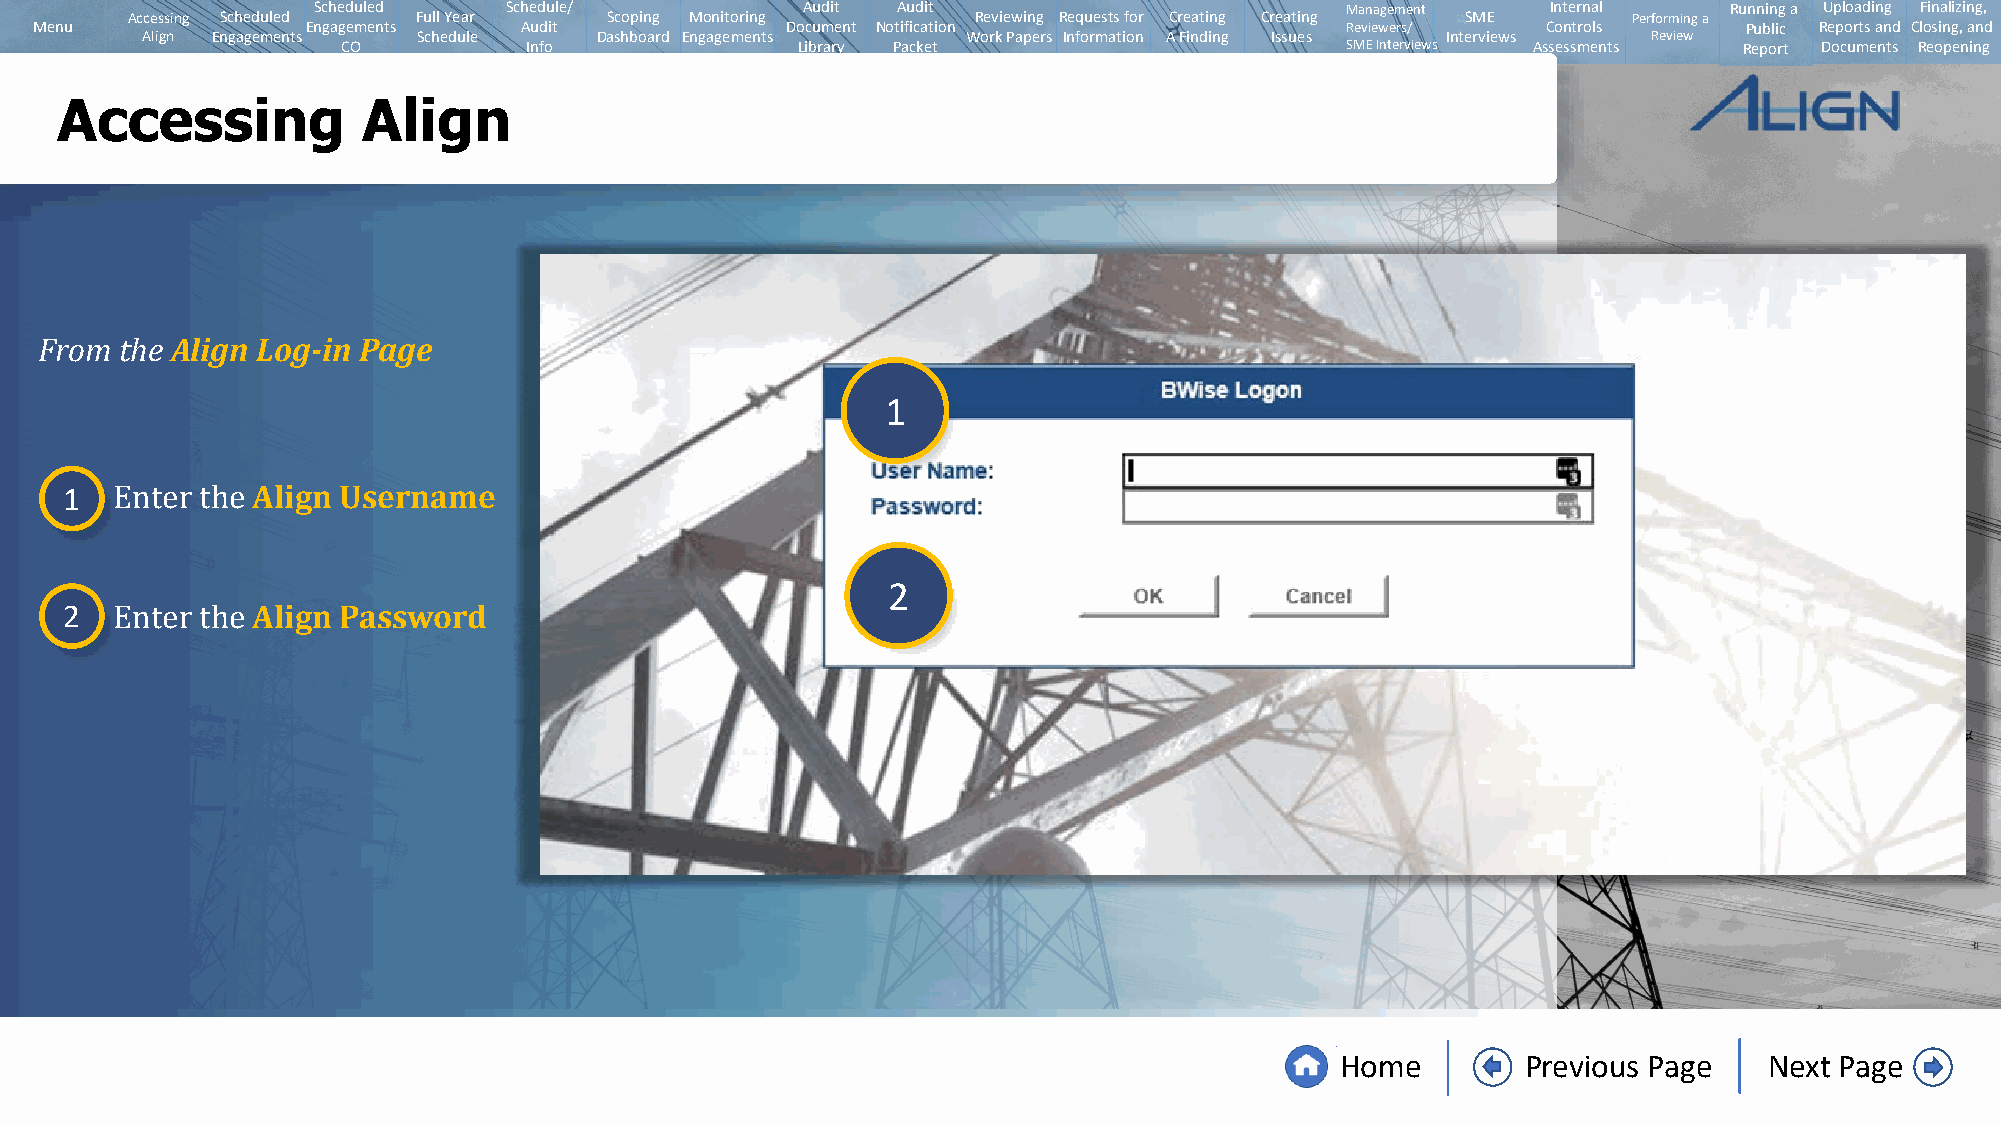
Scheduled   Schedule/           Audit Audit                         Management    Internal   Running a Uploading Finalizing,
 Accessing Scheduled Full Year   Scoping Monitoring       Reviewing Requests for Creating Creating SME Performing a
 Menu              Engagements   Audit             Document Notification                Reviewers/   Controls      Public Reports and Closing, and
 Align Engagements  Schedule   Dashboard Engagements    Work Papers Information A Finding Issues Interviews Review
 CO          Info              Library Packet                      SMEInterviews Assessments Report Documents Reopening
 Accessing           Align
 From the Align Log-in Page
 1
 1            Align Username
 Enter the
 2
 2            Align Password
 Enter the
 Home        Previous Page   Next Page